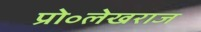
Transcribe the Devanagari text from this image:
प्रो॰लेखराज